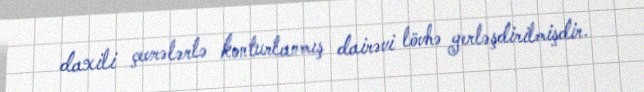
daxili çevrələrlə konturlanmış dairəvi lövhə yerləşdirilmişdir.